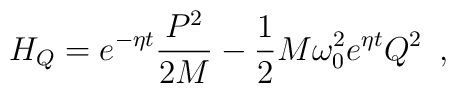
H_Q=e^{-\eta t}\frac{P^2}{2M}-\frac 12M\omega _0^2e^{\eta t}Q^2\,\,\,,